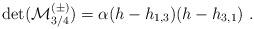
LaTeX: \begin{align*}\det({\cal M}^{(\pm)}_{3/4})=\alpha(h-h_{1,3})(h-h_{3,1}){}~.\end{align*}